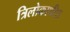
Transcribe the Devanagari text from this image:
त्रिलोकाधीश